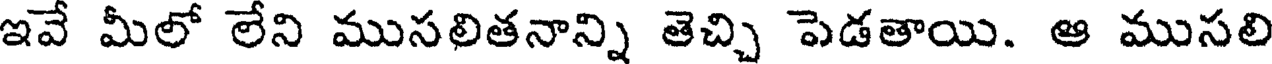
ఇవే మీలో లేని ముసలితనాన్ని తెచ్చి పెడతాయి. ఆ ముసలి